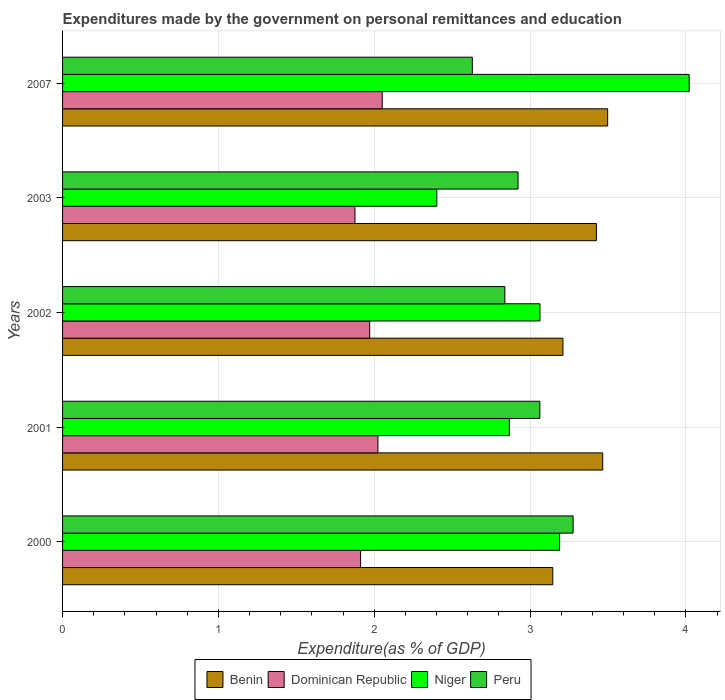
| Years | Benin | Dominican Republic | Niger | Peru |
 | --- | --- | --- | --- | --- |
 | 2000 | 3.15 | 1.91 | 3.19 | 3.28 |
 | 2001 | 3.47 | 2.02 | 2.87 | 3.06 |
 | 2002 | 3.21 | 1.97 | 3.06 | 2.84 |
 | 2003 | 3.43 | 1.88 | 2.4 | 2.92 |
 | 2007 | 3.5 | 2.05 | 4.02 | 2.63 |